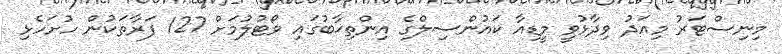
މިނިސްޓަރު މިއަދު ވިދާޅުވީ މީޑިއާ ކައުންސިލްގެ އިންތިޚާބުގައި ވޯޓުލުމަށް 127 ފަރާތަކުން ހުށަހެޅި